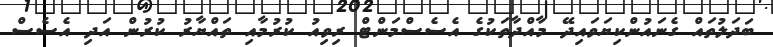
ބަދަލުތައް ގެނައުންކިޔަވައިދޭ މާއްދާތަކުގެ އެސެސްމަންޓް ރިވިއު ކުރުމާއި ތައްޔާރު ކުރުން އަދި އެސެސް